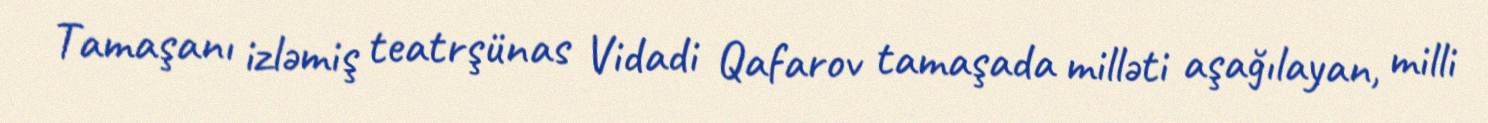
Tamaşanı izləmiş teatrşünas Vidadi Qafarov tamaşada milləti aşağılayan, milli